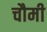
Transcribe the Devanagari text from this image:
चौमी